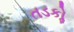
તડકોૢ